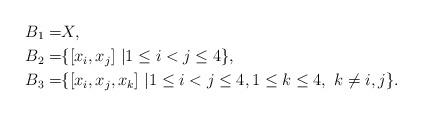
LaTeX: \begin{align*} B_1=&X,\\ B_2=&\{ [x_i,x_j] \ | 1\leq i < j \leq 4 \},\\ B_3=&\{ [x_i,x_j,x_k] \ | 1\leq i < j \leq 4, 1\leq k\leq 4, \ k\neq i, j \}. \end{align*}